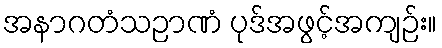
အနာဂတံသဉာဏံ ပုဒ်အဖွင့်အကျဉ်း။